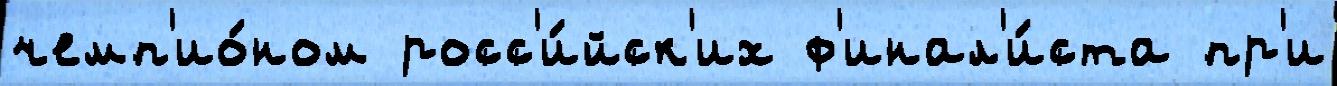
чемп'ио́ном росс'и́йск'их ф'инал'и́ста пр'и